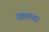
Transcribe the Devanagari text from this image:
उद्यानचा